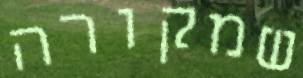
שמקורה